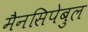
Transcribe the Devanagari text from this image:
मैनसिपेबुल